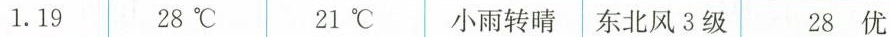
1.19 28℃ 21℃ 小雨转晴 东北风3级 28优